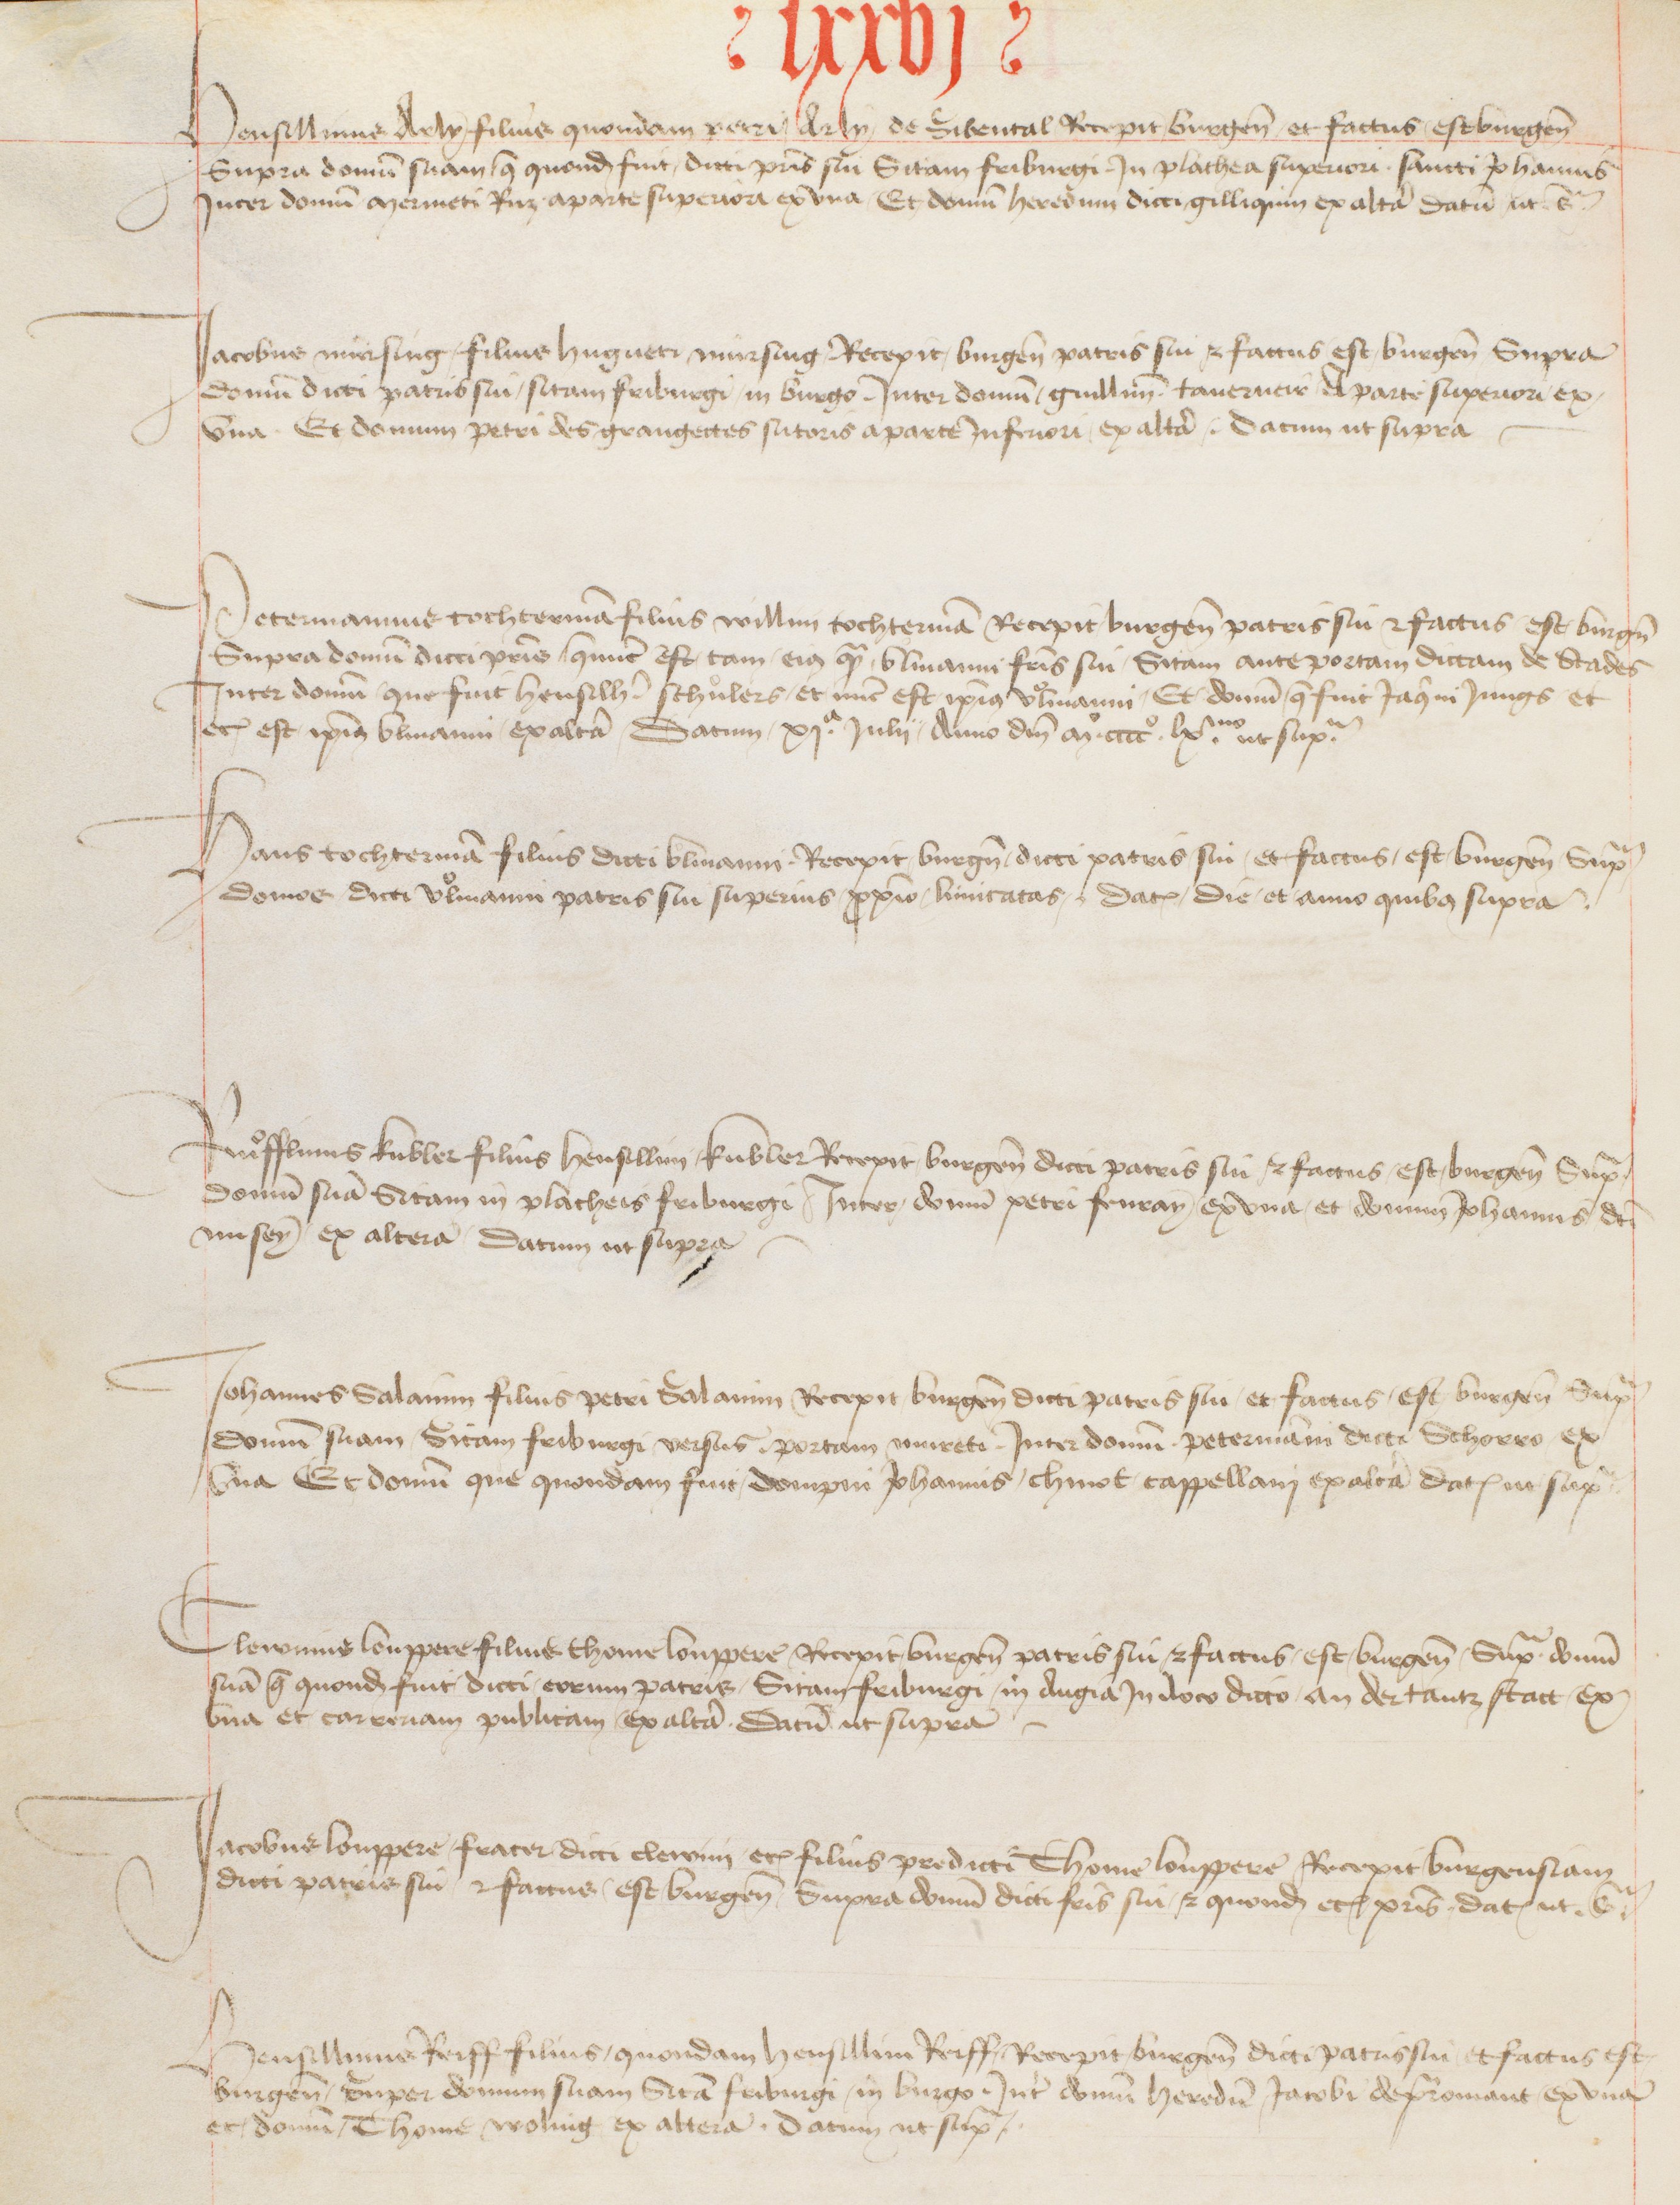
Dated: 1416–1769